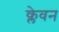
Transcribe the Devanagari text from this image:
क्लेवन